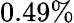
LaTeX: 0.49\%